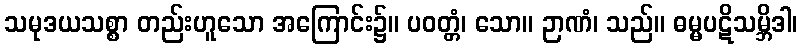
သမုဒယသစ္စာ တည်းဟူသော အကြောင်း၌။ ပဝတ္တံ၊ သော။ ဉာဏံ၊ သည်။ ဓမ္မပဋိသမ္ဘိဒါ၊